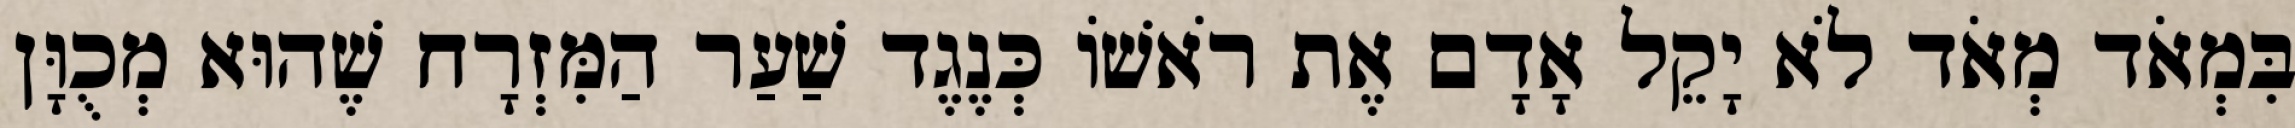
בִּמְאֹד מְאֹד לֹא יָקֵל אָדָם אֶת רֹאשׁוֹ כְּנֶגֶד שַׁעַר הַמִּזְרָח שֶׁהוּא מְכֻוָּן